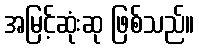
အမြင့်ဆုံးဆု ဖြစ်သည်။